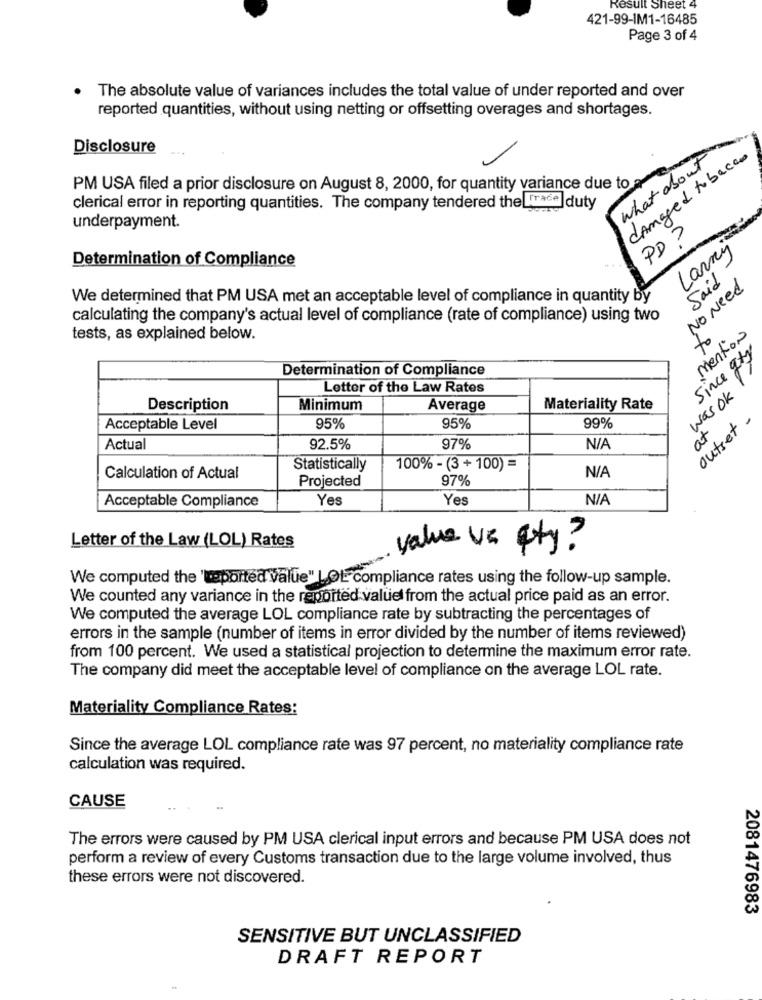
Result Sheet 4
421-99-IM1-16485
Page 3 of 4
The absolute value of variances includes the total value of under reported and over
reported quantities, without using netting or offsetting overages and shortages.
Disclosure
what about
damaged tobacco
PM USA filed a prior disclosure on August 8, 2000, for quantity variance due to a
clerical error in reporting quantities. The company tendered the Frace
underpayment.
PD 3
Larry
Determination of Compliance
Said
NO Need
We determined that PM USA met an acceptable level of compliance in quantity by
calculating the company's actual level of compliance (rate of compliance) using two
Mention
tests, as explained below.
Since gty
Determination of Compliance
Letter of the Law Rates
Was OK
Description
Minimum
Average
Materiality Rate
outset .
Acceptable Level
95%
95%
99%
at
Actual
92.5%
97%
Statistically
100% - (3 + 100) =
Calculation of Actual
Projected
97%
Acceptable Compliance
Yes
Yes
Letter of the Law (LOL) Rates
value ve ety ?
We computed the 'toported value" LOL compliance rates using the follow-up sample.
We counted any variance in the reported value from the actual price paid as an error.
We computed the average LOL compliance rate by subtracting the percentages of
errors in the sample (number of items in error divided by the number of items reviewed)
from 100 percent. We used a statistical projection to determine the maximum error rate.
The company did meet the acceptable level of compliance on the average LOL rate.
Materiality Compliance Rates:
Since the average LOL compliance rate was 97 percent, no materiality compliance rate
calculation was required.
CAUSE
The errors were caused by PM USA clerical input errors and because PM USA does not
perform a review of every Customs transaction due to the large volume involved, thus
these errors were not discovered.
2081476983
SENSITIVE BUT UNCLASSIFIED
DRAFT REPORT